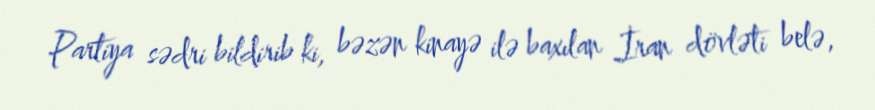
Partiya sədri bildirib ki, bəzən kinayə ilə baxılan İran dövləti belə,